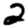
Digit: 2